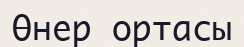
Өнер ортасы